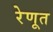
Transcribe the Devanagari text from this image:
रेणूत